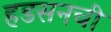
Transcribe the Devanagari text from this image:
हडसनची